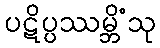
ပဋိပ္ပဿမ္ဘိံသု